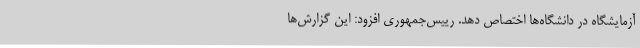
آزمایشگاه در دانشگاه‌ها اختصاص دهد. رییس‌جمهوری افزود: این گزارش‌ها